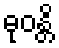
ဓုဝန္တိ